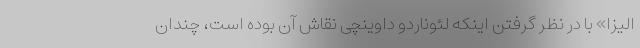
الیزا» با در نظر گرفتن اینکه لئوناردو داوینچی نقاش آن بوده است، چندان